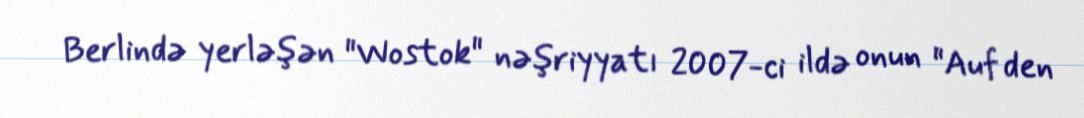
Berlində yerləşən "Wostok" nəşriyyatı 2007-ci ildə onun "Auf den